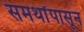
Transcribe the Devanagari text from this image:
समर्थांपासून